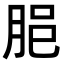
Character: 𦚽